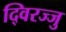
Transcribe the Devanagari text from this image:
द्विरज्जु